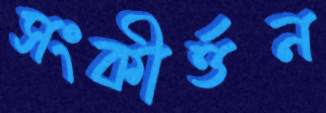
সংকীর্ত্তন